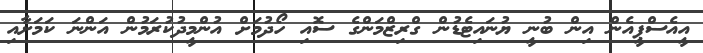
އީއެސްޕީއެން އިން ބުނީ ޔުނައިޓެޑުން ގްރިޒްމަންގެ ސޮއި ހޯދުމަށް އުންމީދުކުރަމުން އަންނަ ކަމަށާއި